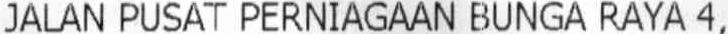
JALAN PUSAT PERNIAGAAN BUNGA RAYA 4,